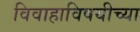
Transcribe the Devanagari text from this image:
विवाहाविषयीच्या